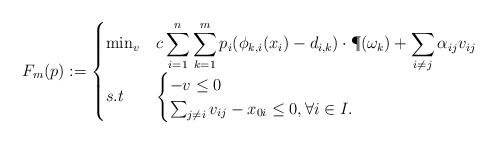
LaTeX: \begin{align*}F_m(p) := \begin{cases}\min_{v} & c \displaystyle \sum_{i=1}^n \sum_{k=1}^m p_i(\phi_{k,i}(x_i) - d_{i,k})\cdot \P(\omega_k) + \sum_{i\neq j} \alpha_{ij}v_{ij}\\s.t\quad&\begin{cases}-v\leq 0\\\sum_{j\neq i}v_{ij} - x_{0i}\leq 0,\forall i\in I.\end{cases}\end{cases}\end{align*}